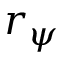
r _ { \psi }